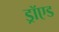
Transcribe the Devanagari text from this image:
ड्रॉएड